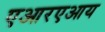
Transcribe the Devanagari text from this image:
एआरएआय